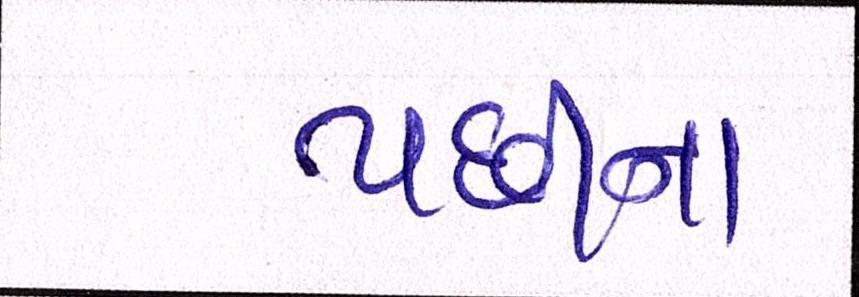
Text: પછીનાં